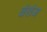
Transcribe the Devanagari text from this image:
वंशंज